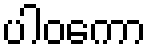
ပါဝကော